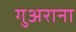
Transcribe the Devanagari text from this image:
गुअराना